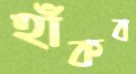
হাঁকব